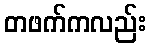
တဖက်ကလည်း